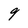
Character: 9